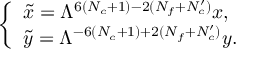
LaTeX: \left\{ \begin{array} { l } { { \tilde { x } = \Lambda ^ { 6 ( N _ { c } + 1 ) - 2 ( N _ { f } + N _ { c } ^ { \prime } ) } x , } } \\ { { \tilde { y } = \Lambda ^ { - 6 ( N _ { c } + 1 ) + 2 ( N _ { f } + N _ { c } ^ { \prime } ) } y . } } \end{array} \right.